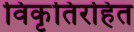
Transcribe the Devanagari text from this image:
विकृतिरहित